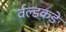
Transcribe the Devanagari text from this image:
र्वल्डकडे